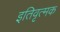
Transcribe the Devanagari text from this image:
इतिवृत्मक